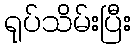
ရုပ်သိမ်းပြီး